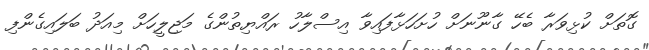
ގޮތަށް ކުޅިވަރާ ބެހޭ ގާނޫނަށް ހުށަހަޅާފައިވާ އިސްލާހު ރައްޔިތުންގެ މަޖިލީހަށް މިއަދު ބަލައިގެންފި